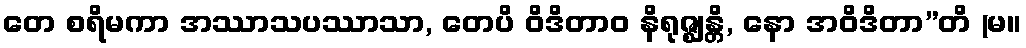
တေ စရိမကာ အဿာသပဿာသာ, တေပိ ဝိဒိတာဝ နိရုဇ္ဈန္တိ, နော အဝိဒိတာ”တိ (မ။